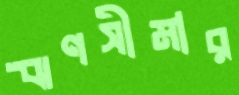
ঋণসীমার